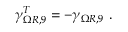
\gamma _ { \Omega R , 9 } ^ { T } = - \gamma _ { \Omega R , 9 } ~ .